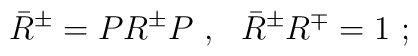
{\bar R}^{\pm} = PR^{\pm} P\ ,\ \ {\bar R}^{\pm} R^{\mp} = 1\ ;